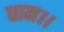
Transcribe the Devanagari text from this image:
धाम।।